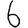
Digit: 6